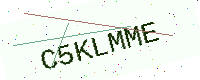
Text: C5KLMME